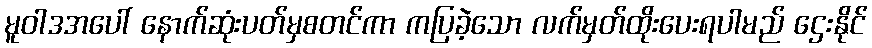
မူဝါဒအပေါ် နောက်ဆုံးပတ်မှစတင်ကာ ကပြခဲ့သော လက်မှတ်ထိုးပေးရပါမည် ဌေးနိုင်